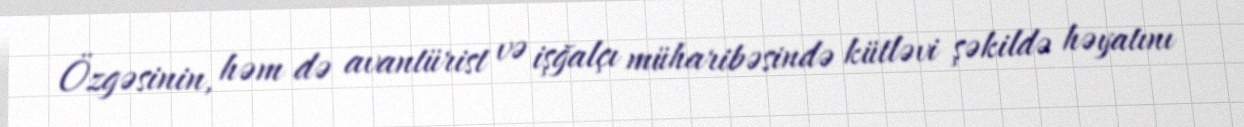
Özgəsinin, həm də avantürist və işğalçı müharibəsində kütləvi şəkildə həyatını